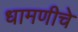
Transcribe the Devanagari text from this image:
धामणीचे